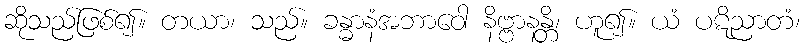
ဆိုသည်ဖြစ်၍။ တယာ၊ သည်။ ခန္ဓာနံအဘာဝေါ နိဗ္ဗာနန္တိ၊ ဟူ၍။ ယံ ပဋိညာတံ၊